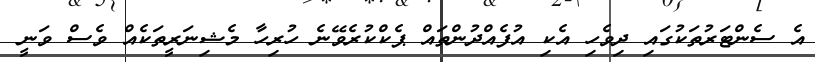
އެ ސެންޓަރުތަކުގައި ދިވެހި އެކި އުފެއްދުންތައް ޕެކްކުރެވޭނެ ހުރިހާ މެޝިނަރީތަކެއް ވެސް ވަނީ